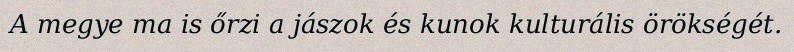
A megye ma is őrzi a jászok és kunok kulturális örökségét.